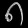
Digit: ၈